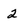
Character: 2